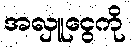
အလှူငွေကို